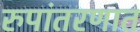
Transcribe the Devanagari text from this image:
रुपांतरणात